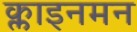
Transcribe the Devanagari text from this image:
क्लाइनमन